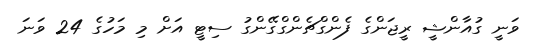
ވަނީ ގުއާންޝީ ރީޖަންގެ ފެންގްޗެންގްގޭންގު ސިޓީ އަށް މި މަހުގެ 24 ވަނަ